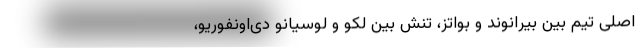
اصلی تیم بین بیرانوند و بواتز، تنش بین لکو و لوسیانو دی‌اونفوریو،